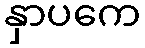
နှာပကေ